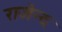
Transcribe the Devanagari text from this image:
राजेन्द